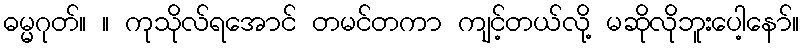
ဓမ္မဂုတ်။ ။ ကုသိုလ်ရအောင် တမင်တကာ ကျင့်တယ်လို့ မဆိုလိုဘူးပေါ့နော်။